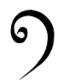
១